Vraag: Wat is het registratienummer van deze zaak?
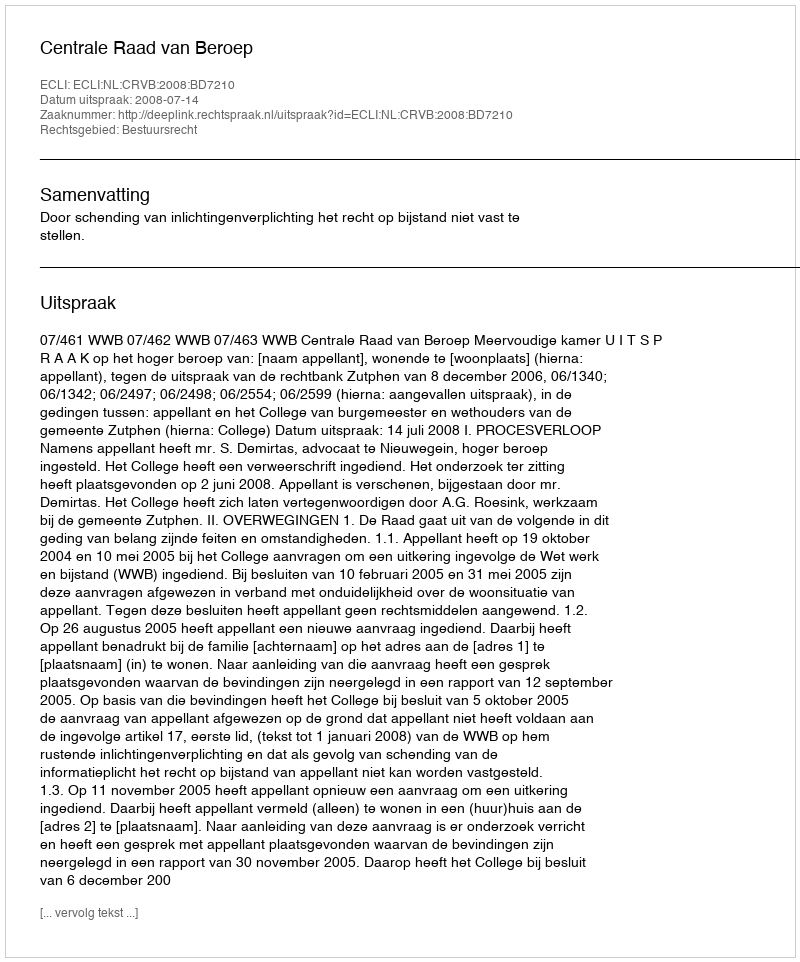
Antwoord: http://deeplink.rechtspraak.nl/uitspraak?id=ECLI:NL:CRVB:2008:BD7210